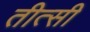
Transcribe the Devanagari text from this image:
तीत्सी